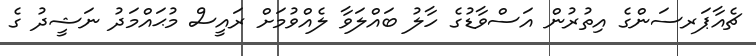
ޗެއާޕަރސަންގެ އިތުރުން އަސްވާޑުގެ ހާލު ބައްލަވާ ލެއްވުމަށް ރައީސް މުޙައްމަދު ނަޝީދު ގެ